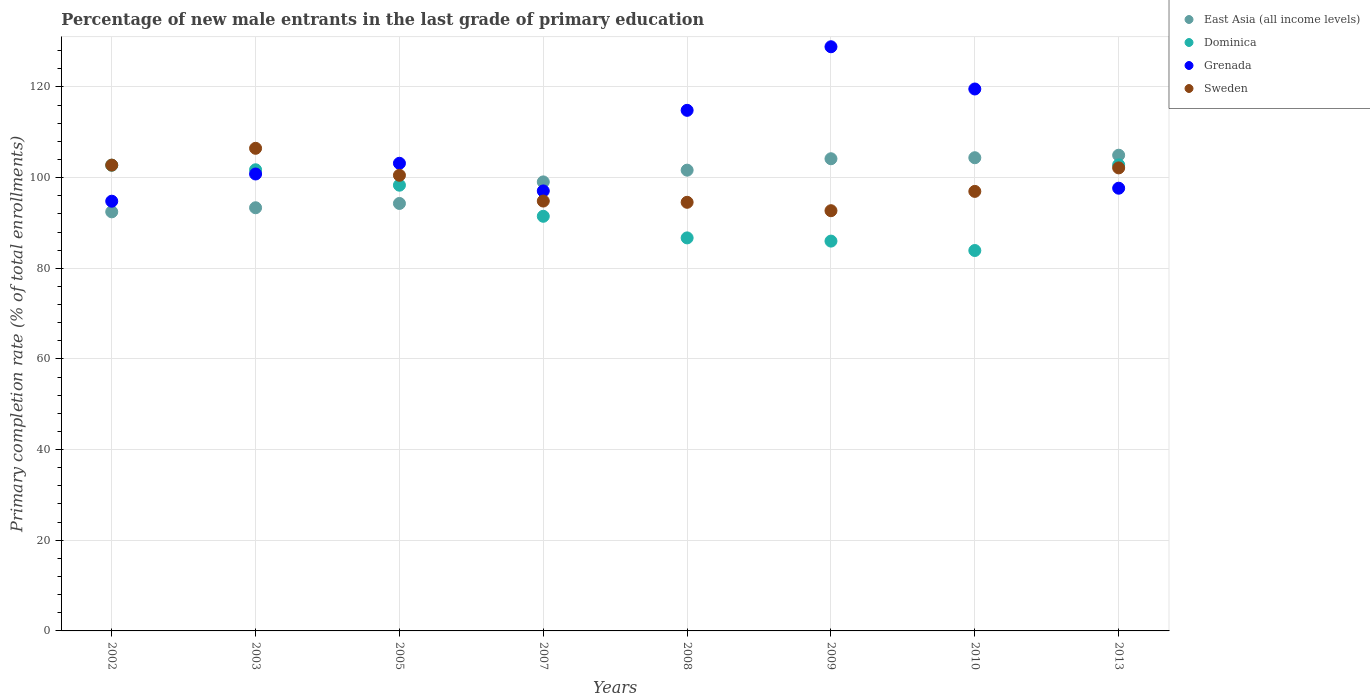
| Years | East Asia (all income levels) | Dominica | Grenada | Sweden |
 | --- | --- | --- | --- | --- |
 | 2002 | 92.5 | 103 | 94.8 | 103 |
 | 2003 | 93.4 | 102 | 101 | 106 |
 | 2005 | 94.3 | 98.3 | 103 | 101 |
 | 2007 | 99.1 | 91.5 | 97.1 | 94.8 |
 | 2008 | 102 | 86.7 | 115 | 94.6 |
 | 2009 | 104 | 86 | 129 | 92.7 |
 | 2010 | 104 | 83.9 | 120 | 97 |
 | 2013 | 105 | 103 | 97.7 | 102 |